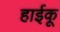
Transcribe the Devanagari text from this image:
हाईकू